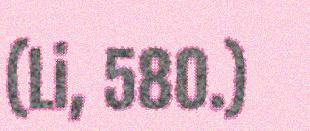
(Li, 580.)